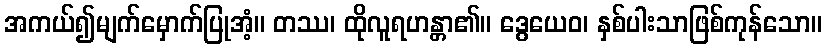
အကယ်၍မျက်မှောက်ပြုအံ့။ တဿ၊ ထိုလူရဟန္တာ၏။ ဒွေယေဝ၊ နှစ်ပါးသာဖြစ်ကုန်သော။